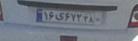
۱۶ی۶۷۲۴۸